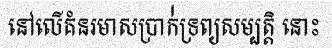
នៅលើគំនរមាសប្រាក់់ទ្រព្យសម្បត្តិ នោះ